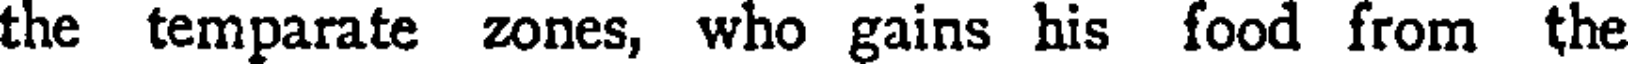
the temparate zones, who gains his food from the